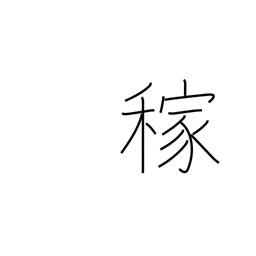
Meaning: earnings